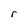
Character: r